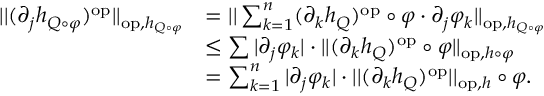
\begin{array} { r l } { | | ( \partial _ { j } h _ { Q \circ \varphi } ) ^ { \mathrm { o p } } | | _ { \mathrm { o p } , h _ { Q \circ \varphi } } } & { = | | \sum _ { k = 1 } ^ { n } ( \partial _ { k } h _ { Q } ) ^ { \mathrm { o p } } \circ \varphi \cdot \partial _ { j } \varphi _ { k } | | _ { \mathrm { o p } , h _ { Q \circ \varphi } } } \\ & { \leq \sum | \partial _ { j } \varphi _ { k } | \cdot | | ( \partial _ { k } h _ { Q } ) ^ { \mathrm { o p } } \circ \varphi | | _ { \mathrm { o p } , h \circ \varphi } } \\ & { = \sum _ { k = 1 } ^ { n } | \partial _ { j } \varphi _ { k } | \cdot | | ( \partial _ { k } h _ { Q } ) ^ { \mathrm { o p } } | | _ { \mathrm { o p } , h } \circ \varphi . } \end{array}